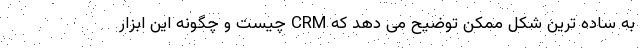
به ساده ترین شکل ممکن توضیح می دهد که CRM چیست و چگونه این ابزار